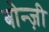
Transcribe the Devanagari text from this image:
बोन्ज़ी